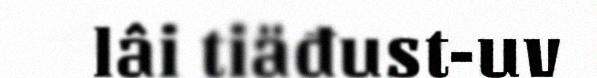
lâi tiäđust-uv